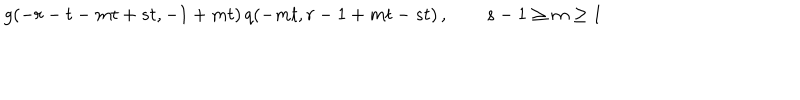
g ( - r - t - m t + s t , - 1 + m t ) \, q ( - m t , r - 1 + m t - s t ) \, , \qquad s - 1 \geq m \geq 1